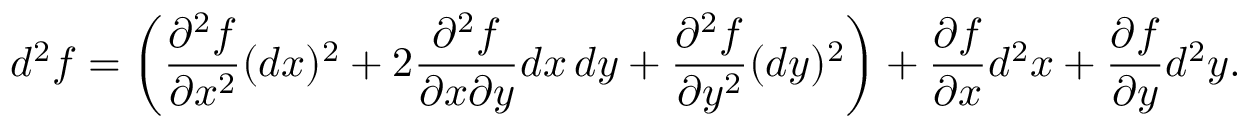
d ^ { 2 } f = \left( { \frac { \partial ^ { 2 } f } { \partial x ^ { 2 } } } ( d x ) ^ { 2 } + 2 { \frac { \partial ^ { 2 } f } { \partial x \partial y } } d x \, d y + { \frac { \partial ^ { 2 } f } { \partial y ^ { 2 } } } ( d y ) ^ { 2 } \right) + { \frac { \partial f } { \partial x } } d ^ { 2 } x + { \frac { \partial f } { \partial y } } d ^ { 2 } y .